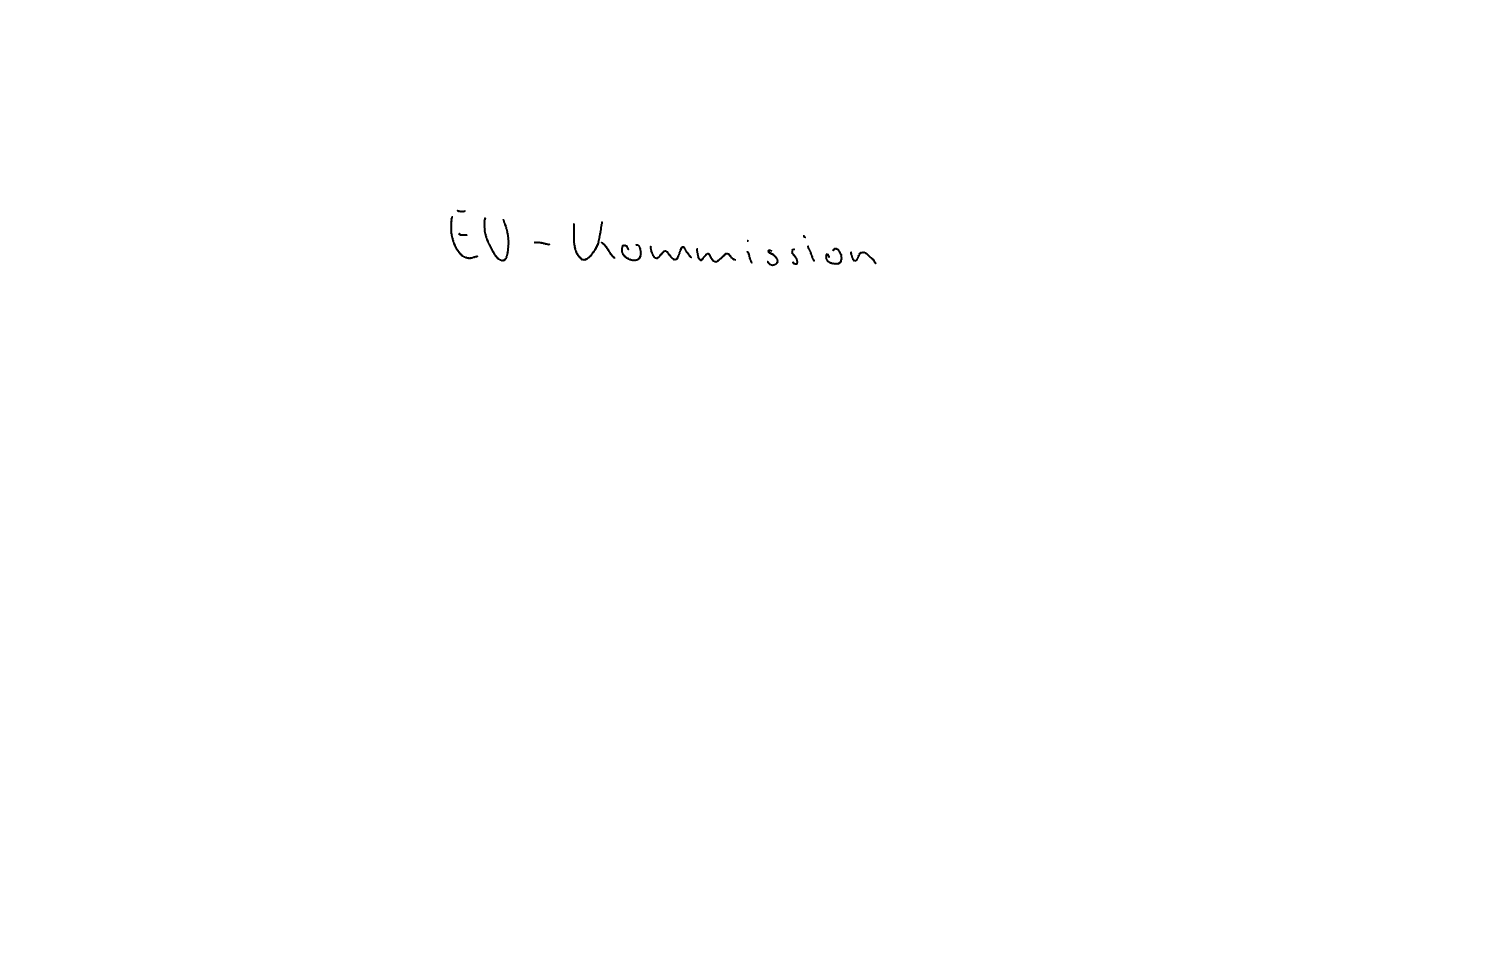
Text: EU-Kommission